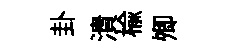
卦潰楡𡖖